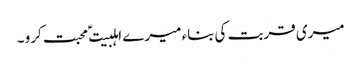
میری قربت کی بناء میرے اہلبیت ؑ محبت کرو ۔